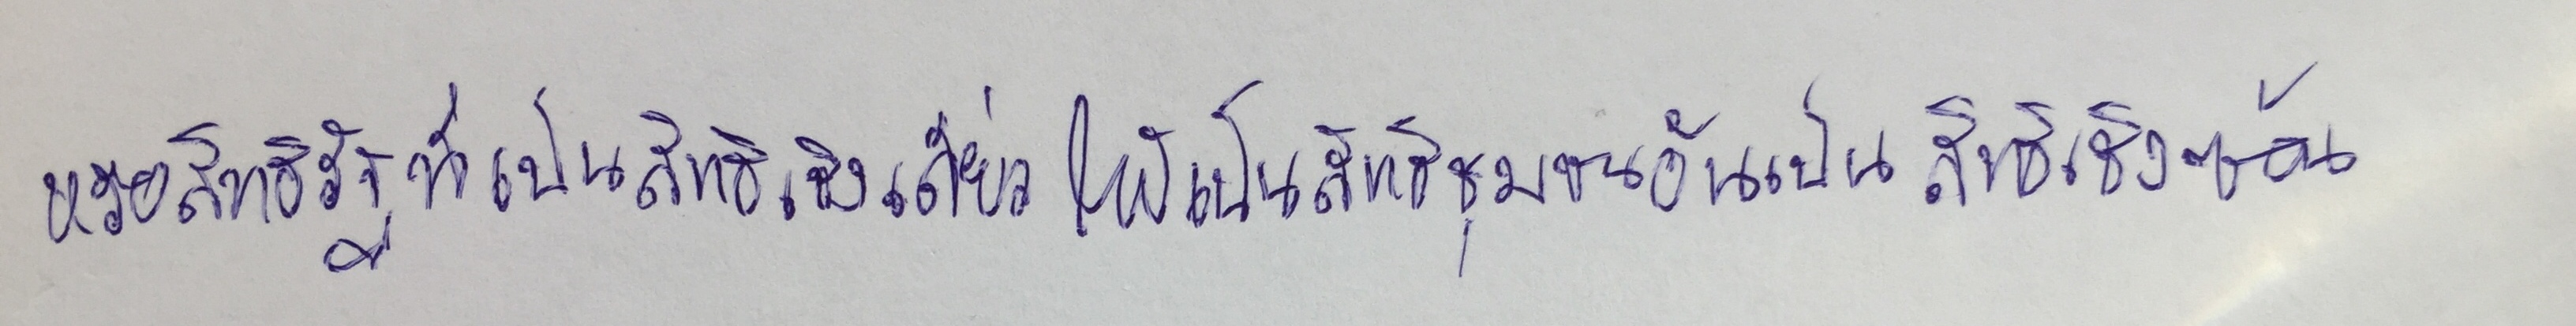
หรือสิทธิรัฐที่เป็นสิทธิเชิงเดี่ยวให้เป็นสิทธิชุมชนอันเป็นสิทธิเชิงซ้อน